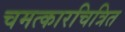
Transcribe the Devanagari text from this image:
चमत्कारचित्रित